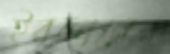
ইরফানের